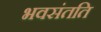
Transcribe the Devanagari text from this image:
भवसंतति